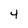
Character: 4